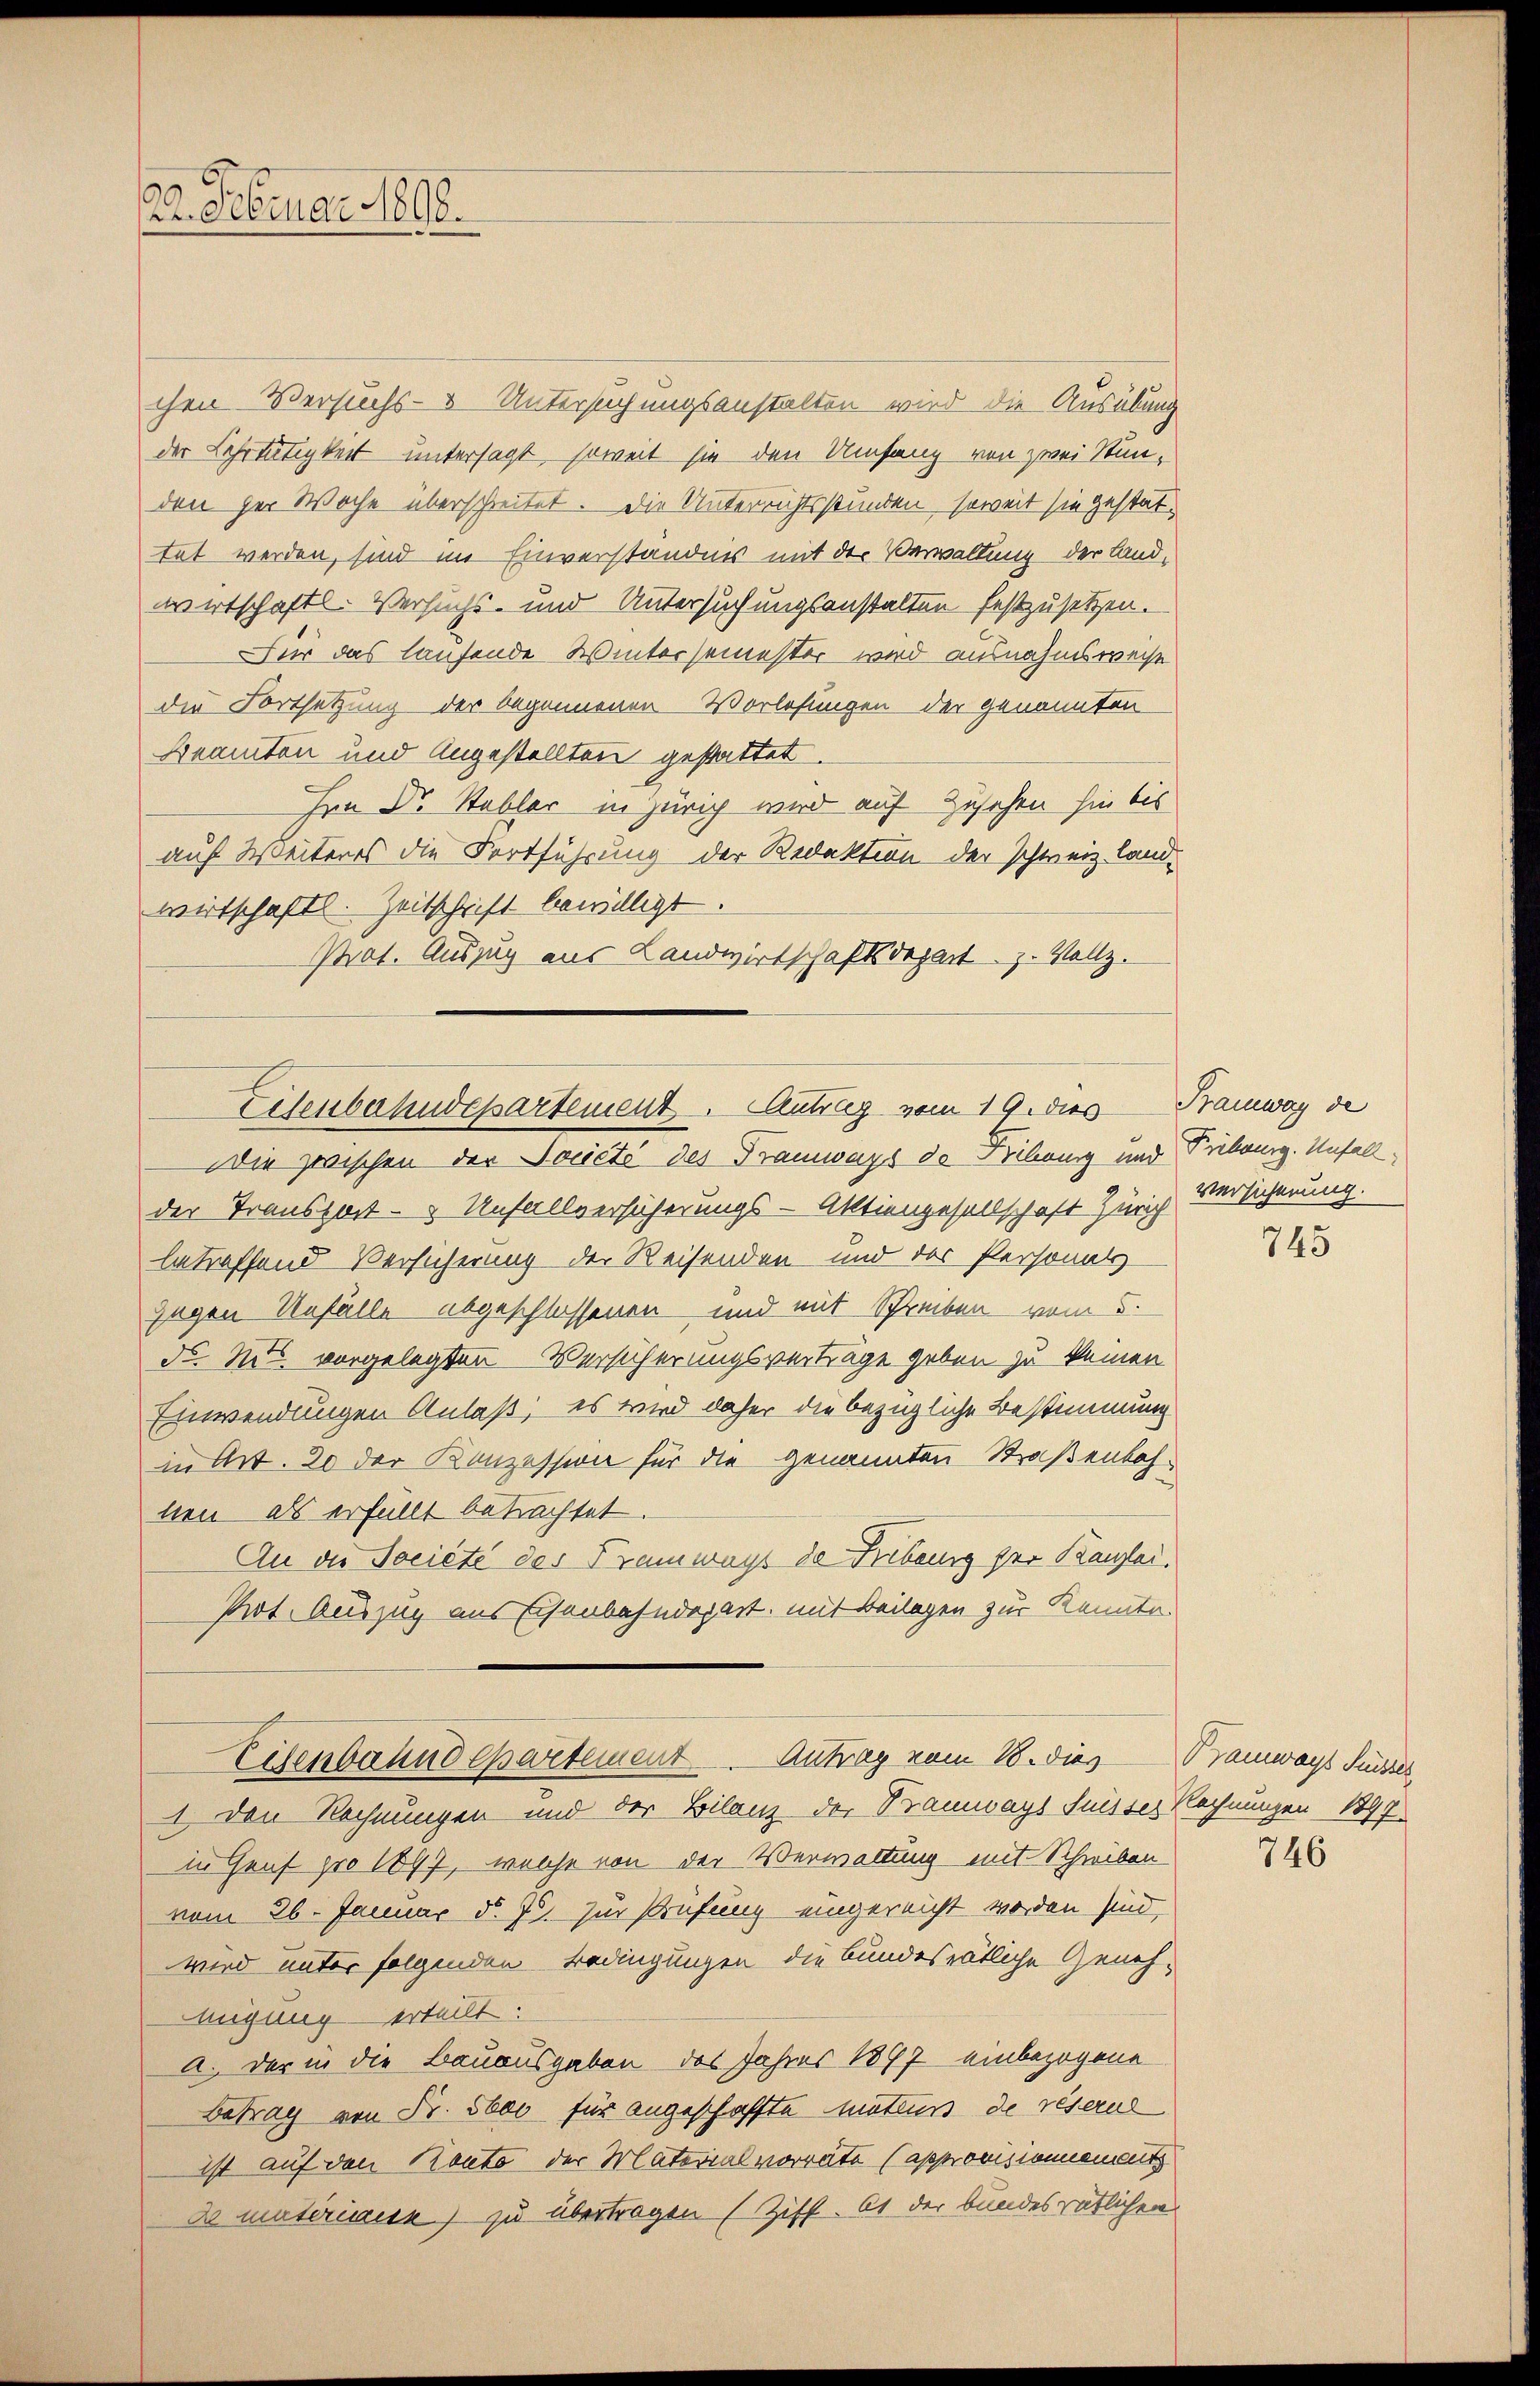
22. Februar 1890.

chen Versuchs- & Untersuchungsanstalten wird die Ausübung
der Lehrtätigkeit untersagt, soweit sie den Umfang von zwei Stunden per Woche überschreitet. Die Unterrichtsstunden, soweit sie gestattet werden, sind im Einverständnis mit der Verwaltung der Landwirtschaftl. Versuchs- und Untersuchungsanstalten festzusetzen.
Für das laufende Wintersemester wird ausnahmsweise
die Fortsetzung der begonnenen Vorlesungen der genannten
Beamten und Angestellten gestattet
Hrn Dr. Habler in Zürich wird auf Zusehen hin bis
auf Weiteres die Fortführung der Redaktion der schweiz. land-
wirtschaftl. Zeitschrift bewilligt.
Prot. Auszug aus Landwirtschaftsdepart z. Vollz.
Die zwischen der Société des Tramways de Bildung und Pribourg. Unfall
der Transport- & Unfallversicherungs-Aktiengesellschaft Zürich Versicherung.
betreffend Versicherung der Reisenden und der Personals
gegen Unfälle abgeschlossenen und mit Schreiben vom 5.
d. M. vorgelegten Versicherungsverträge geben zu keinen
Einwendungen Anlaß, es wird daher die bezügliche Bestimmung
in Art. 20 der Konzession für die genannten Straßenbahnen, als erfüllt betrachtet.
An die Societe der Tramways de Fribung der Kanzlei¬
Prot. Auszug aus Eisenbahndepart, mit Beilagen zur Kennte.
Eisenbahndepartement. Antrag vom 18. dies Tramwagt Fuder,
1 den Rechnungen und der Bilanz der Tramways Suisses Rechnungen 1897
in Genf pro 1897, welche von der Verwaltung mit Schreiben
vom 26. Januar d. Js. zur Prüfung eingereicht worden sind,
wird unter folgenden Bedingungen die bundesrätliche Geneh-
migung erteilt:
a. Der in die Bauausgaben des Jahres 1897 einbezogene
Betrag von Fr. 5600 für angeschaffte mateurs de reserne
ist auf den Kanto der Materialvorräte (approvisionnements
d materinnen) zu übertragen (Ziff. 61 der bundesrätlichen

Eisenbahndepartement. Antrag vom 19. dies Tramway de

745

746